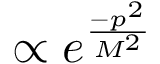
\propto e ^ { \frac { - p ^ { 2 } } { M ^ { 2 } } }